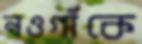
নওগাঁকে